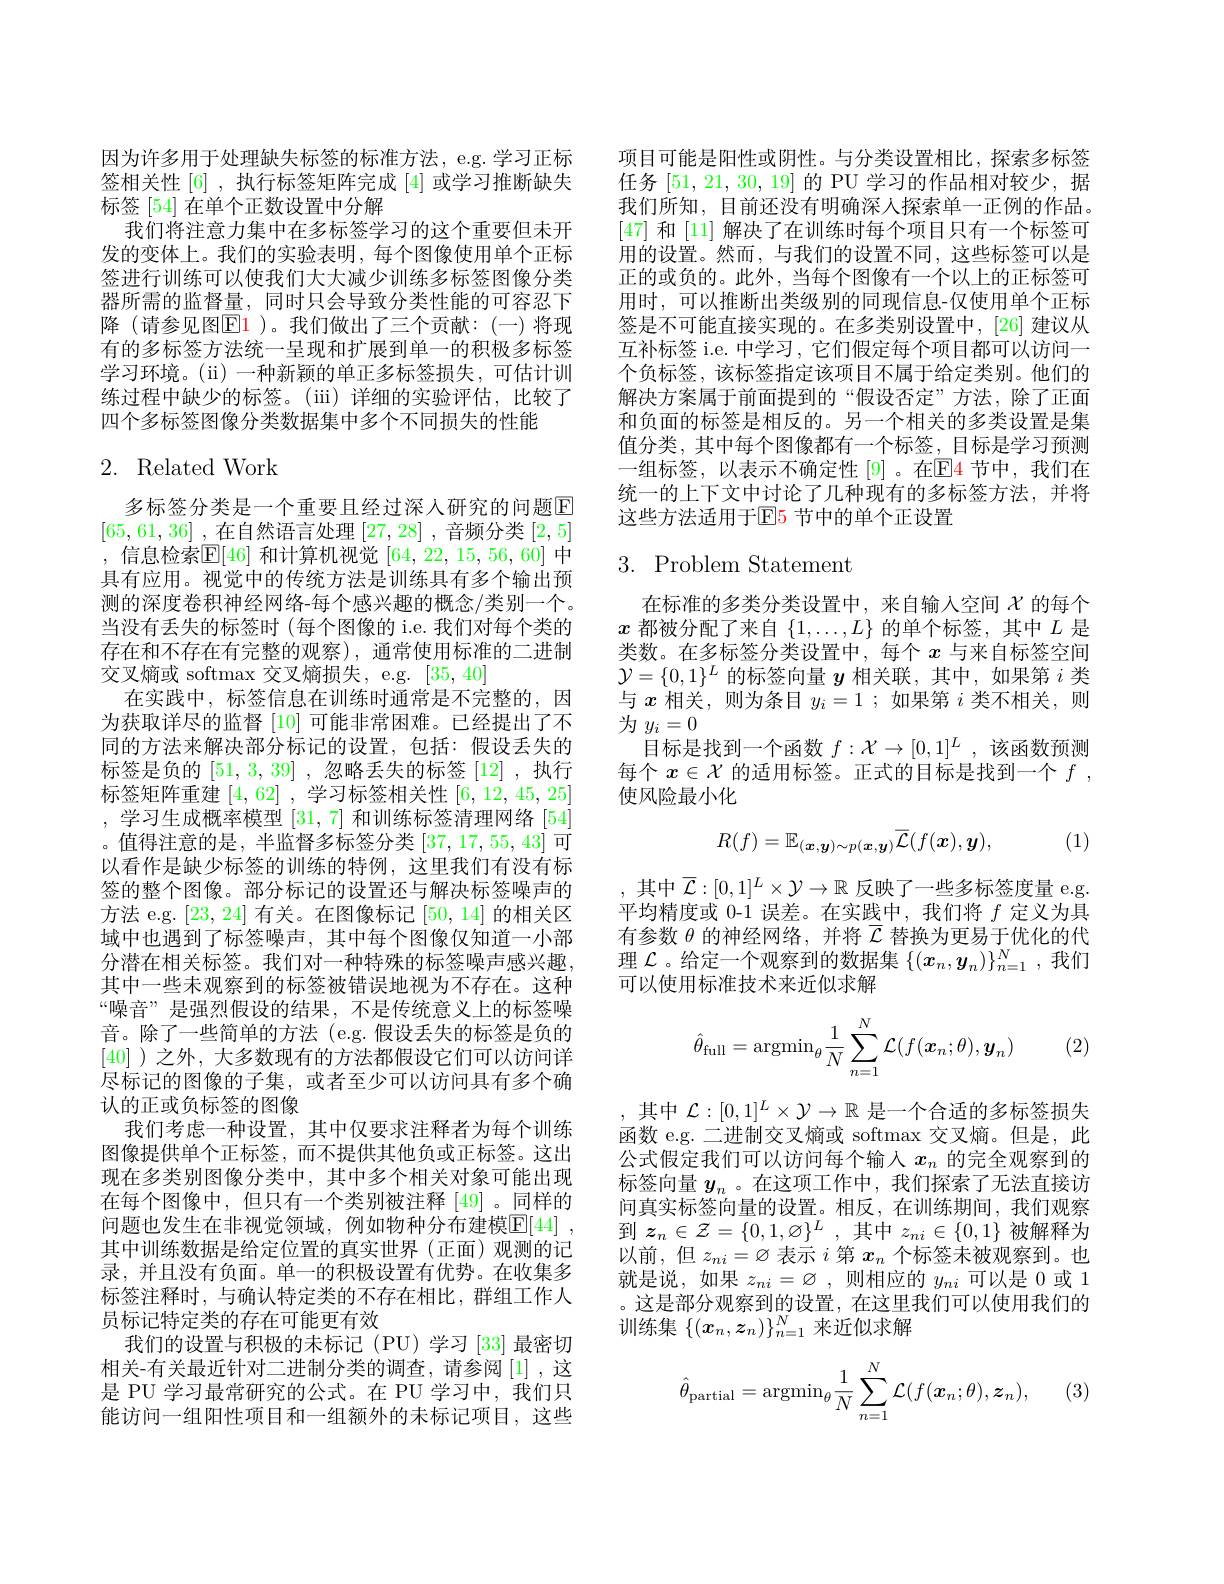
因为许多用于处理缺失标签的标准方法，e.g.学习正标签相关性[6] ,执行标签矩阵完成[4]或学习推断缺失标签 [54] 在单个正数设置中分解
我们将注意力集中在多标签学习的这个重要但未开发的变体上。我们的实验表明，每个图像使用单个正标签进行训练可以使我们大大减少训练多标签图像分类器所需的监督量，同时只会导致分类性能的可容忍下降(请参见图$\boxed{\mathrm{E}}1$ )。我们做出了三个贡献：(一)将现有的多标签方法统一呈现和扩展到单一的积极多标签学习环境。(ii) 一种新颖的单正多标签损失，可估计训练过程中缺少的标签。(iii) 详细的实验评估，比较了四个多标签图像分类数据集中多个不同损失的性能

# 2. Related Work

多标签分类是一个重要且经过深人研究的问题E [65,61,36] ,在自然语言处理[27,28] ,音频分类[2,5] ,信息检索$\mathbb{E}[46]$和计算机视觉[64,22,15,56,60]中具有应用。视觉中的传统方法是训练具有多个输出预测的深度卷积神经网络-每个感兴趣的概念/类别一个。当没有丢失的标签时 (每个图像的 i.e. 我们对每个类的存在和不存在有完整的观察),通常使用标准的二进制交叉熵或 softmax 交叉熵损失，e.g. [35,40]
在实践中，标签信息在训练时通常是不完整的，因为获取详尽的监督[10]可能非常困难。已经提出了不同的方法来解决部分标记的设置，包括：假设丢失的标签是负的[51,3,39] ,忽略丢失的标签 [12] ,执行标签矩阵重建[4,62] ,学习标签相关性[6,12,45,25] , 学习生成概率模型[31,7]和训练标签清理网络[54] 。值得注意的是，半监督多标签分类[37,17,55,43]可以看作是缺少标签的训练的特例，这里我们有没有标签的整个图像。部分标记的设置还与解决标签噪声的方法 e.g. [23,24]有关。在图像标记[50,14]的相关区域中也遇到了标签噪声，其中每个图像仅知道一小部分潜在相关标签。我们对一种特殊的标签噪声感兴趣， 其中一些未观察到的标签被错误地视为不存在。这种“噪音”是强烈假设的结果，不是传统意义上的标签噪音。除了一些简单的方法(e.g.假设丢失的标签是负的[40] )之外，大多数现有的方法都假设它们可以访问详尽标记的图像的子集，或者至少可以访问具有多个确认的正或负标签的图像
我们考虑一种设置，其中仅要求注释者为每个训练图像提供单个正标签，而不提供其他负或正标签。这出现在多类别图像分类中，其中多个相关对象可能出现在每个图像中，但只有一个类别被注释 [49]。同样的问题也发生在非视觉领域，例如物种分布建模$\mathbb{E} [ 44]$ , 其中训练数据是给定位置的真实世界(正面)观测的记录，并且没有负面。单一的积极设置有优势。在收集多标签注释时，与确认特定类的不存在相比，群组工作人员标记特定类的存在可能更有效
我们的设置与积极的未标记(PU)学习[33]最密切相关-有关最近针对二进制分类的调查，请参阅[1],这是 PU 学习最常研究的公式。在 PU 学习中，我们只能访问一组阳性项目和一组额外的未标记项目，这些

项目可能是阳性或阴性。与分类设置相比，探索多标签任务[51,21,30,19]的 PU 学习的作品相对较少，据我们所知，目前还没有明确深人探索单一正例的作品。[47]和 [11] 解决了在训练时每个项目只有一个标签可用的设置。然而，与我们的设置不同，这些标签可以是正的或负的。此外，当每个图像有一个以上的正标签可用时，可以推断出类级别的同现信息-仅使用单个正标签是不可能直接实现的。在多类别设置中，[26] 建议从互补标签 i.e. 中学习，它们假定每个项目都可以访问一个负标签，该标签指定该项目不属于给定类别。他们的解决方案属于前面提到的“假设否定”方法，除了正面和负面的标签是相反的。另一个相关的多类设置是集值分类，其中每个图像都有一个标签，目标是学习预测一组标签，以表示不确定性[9]。在$\mathbb{E}$4节中，我们在统一的上下文中讨论了几种现有的多标签方法，并将这些方法适用于$\boxed{\mathrm{E}}5$ 节中的单个正设置

# $3.{\mathrm{Problem}}{\mathrm{Statement}}$

在标准的多类分类设置中，来自输入空间$\chi$的每个$x$都被分配了来自$\{1,\ldots,L\}$的单个标签，其中$L$是类数。在多标签分类设置中，每个$x$与来自标签空间$\mathcal{Y}=\{0,1\}^{L}$的标签向量$y$相关联，其中，如果第$i$类与$x$相关，则为条目$y_i=1$ ;如果第$i$类不相关，则为$y_i=0$
目标是找到一个函数$f:\mathcal{X}\to[0,1]^L$,该函数预测每个$x\in\mathcal{X}$的适用标签。正式的目标是找到一个$f$, 使风险最小化

, (1)
$$R(f)=\mathbb E_{(\boldsymbol{x},\boldsymbol{y})\sim p(\boldsymbol{x},\boldsymbol{y})}\overline{\mathcal{L}}(f(\boldsymbol{x}),\boldsymbol{y}),$$
,其中$\overline{\mathcal{L}}:[0,1]^L\times\mathcal{Y}\to\mathbb{R}$反映了一些多标签度量 e.g. 平均精度或 0-1 误差。在实践中，我们将$f$定义为具有参数$\theta$的神经网络，并将$\overline{\mathcal{L}}$替换为更易于优化的代理$\mathcal{L}$。给定一个观察到的数据集$\{(x_n,y_n)\}_n=1^N$,我们可以使用标准技术来近似求解
$$\hat{\theta}_{\mathrm{full}}=\mathrm{argmin}_\theta\frac{1}{N}\sum_{n=1}^N\mathcal{L}(f(\boldsymbol{x}_n;\theta),\boldsymbol{y}_n)$$
(2)

,其中$\mathcal{L}:[0,1]^{L}\times\mathcal{Y}\to\mathbb{R}$是一个合适的多标签损失函数 e.g. 二进制交叉熵或 softmax 交叉熵。但是，此公式假定我们可以访问每个输入$x_n$的完全观察到的标签向量$y_n$ 。在这项工作中，我们探索了无法直接访间真实标签向量的设置。相反，在训练期间，我们观察到$z_n\in\mathcal{Z}=\{0,1,\varnothing\}^L$,其中$z_ni\in\{0,1\}$被解释为以前，但$z_ni=\varnothing$表示$i$第$x_n$个标签未被观察到。也就是说，如果$z_ni=\varnothing$,则相应的$y_ni$可以是 0 或 1 。这是部分观察到的设置，在这里我们可以使用我们的训练集$\{(\boldsymbol{x}_n,\boldsymbol{z}_n)\}_{n=1}^N$来近似求解
$$\hat{\theta}_{\mathrm{partial}}=\mathrm{argmin}_{\theta}\frac{1}{N}\sum_{n=1}^{N}\mathcal{L}(f(\boldsymbol{x}_{n};\theta),\boldsymbol{z}_{n}),$$
(3)